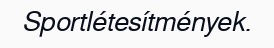
Sportlétesítmények.